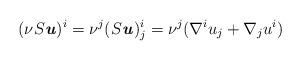
\begin{align*} (\nu S\textbf{\textit{u}})^i =\nu^j (S\textbf{\textit{u}})^i_j &=\nu^j(\nabla^i u_j + \nabla_j u^i) \end{align*}